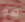
هو